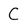
Character: C